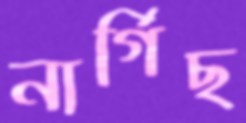
নার্গিছ